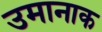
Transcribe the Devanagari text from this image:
उमानाक